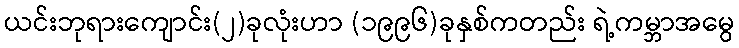
ယင်းဘုရားကျောင်း(၂)ခုလုံးဟာ (၁၉၉၆)ခုနှစ်ကတည်း ရဲ့ကမ္ဘာအမွေ